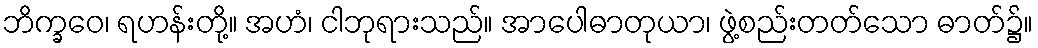
ဘိက္ခဝေ၊ ရဟန်းတို့။ အဟံ၊ ငါဘုရားသည်။ အာပေါဓာတုယာ၊ ဖွဲ့စည်းတတ်သော ဓာတ်၌။